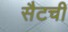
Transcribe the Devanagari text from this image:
सैटची